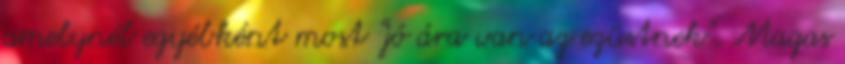
amelynél egyébként most "jó ára van az ezüstnek". Magas